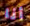
أنا